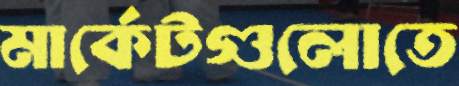
মার্কেটগুলোতে